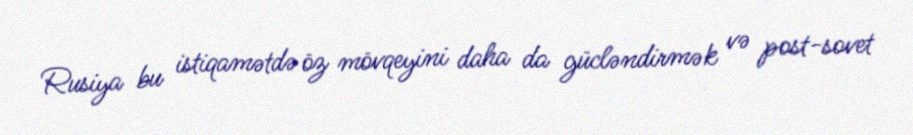
Rusiya bu istiqamətdə öz mövqeyini daha da gücləndirmək və post-sovet